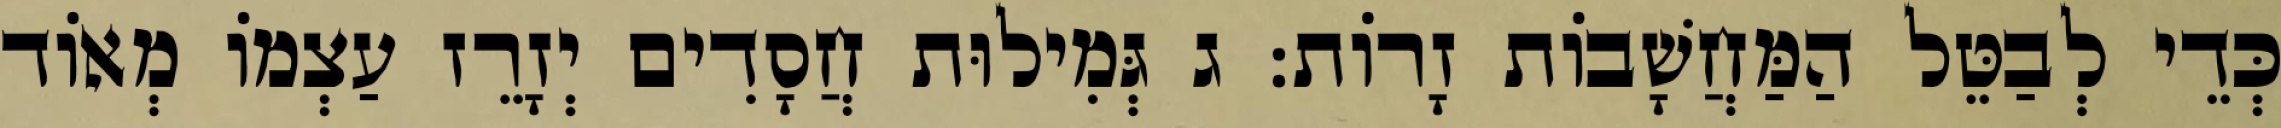
כְּדֵי לְבַטֵּל הַמַּחֲשָׁבוֹת זָרוֹת: ג גְּמִילוּת חֲסָדִים יְזָרֵז עַצְמוֹ מְאוֹד